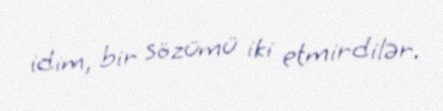
idim, bir sözümü iki etmirdilər.